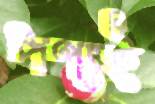
পণ্যই